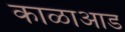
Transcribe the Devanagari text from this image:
काळाआड